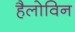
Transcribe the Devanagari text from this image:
हैलोविन